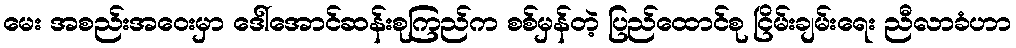
မေး အစည်းအဝေးမှာ ဒေါ်အောင်ဆန်းစုကြည်က စစ်မှန်တဲ့ ပြည်ထောင်စု ငြိမ်းချမ်းရေး ညီလာခံဟာ